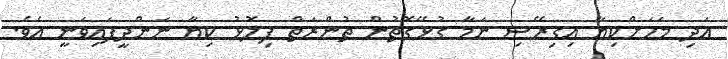
އަދި މަހަށްކިޔާ އިގިރޭސި ނަމާ ގުޅޭގޮތުން ތުންރަތް ފިލޮޅު ކިޔާ ނަންދީފައިވަނީ އެވެ.